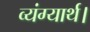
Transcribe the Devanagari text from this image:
व्यंग्यार्थ।